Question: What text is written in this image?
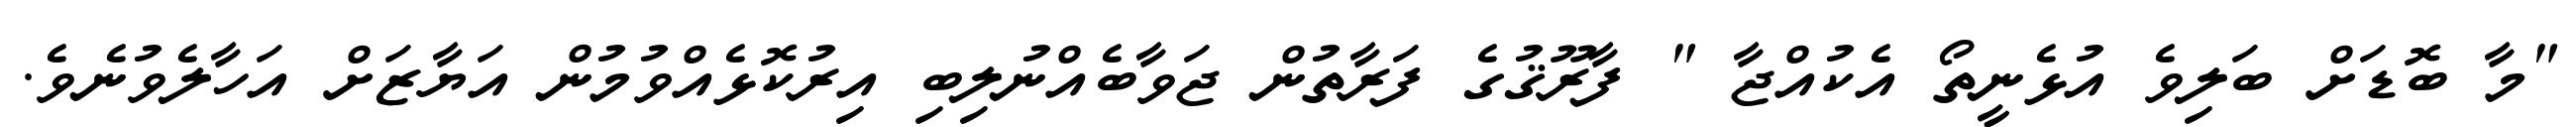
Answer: "މާ ބޮޑަށް ބަލިވެ އުޅެނީތޯ އެކުއްޖާ " ފާރޫޤުގެ ފަރާތުން ޖަވާބެއްނުލިބި އިރުކޮޅެއްވުމުން އަޔާޒަށް އަހާލެވުނެވެ.